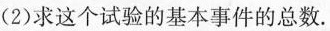
(2)求这个试验的基本事件的总数.